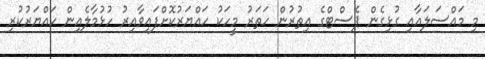
މި މައްސަލައާއި ގުޅިގެން ޕެސްޓްގެ އިތުރުން ހަތަރު މީހަކު ހައްޔަރުކޮށްފައިވާއިރު ހުޅުމާލެއިން ހައްޔަރުކުރި